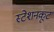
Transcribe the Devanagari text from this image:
स्टेशनकूट